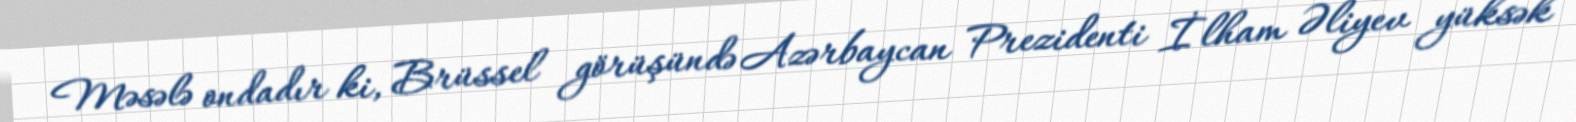
Məsələ ondadır ki, Brüssel görüşündə Azərbaycan Prezidenti İlham Əliyev yüksək